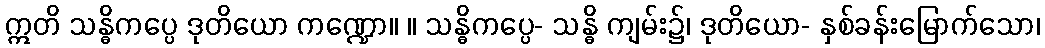
ဣတိ သန္ဓိကပ္ပေ ဒုတိယော ကဏ္ဍော။ ။ သန္ဓိကပ္ပေ- သန္ဓိ ကျမ်း၌၊ ဒုတိယော- နှစ်ခန်းမြောက်သော၊